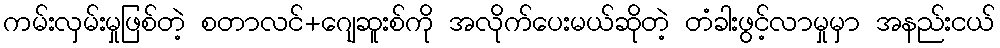
ကမ်းလှမ်းမှုဖြစ်တဲ့ စတာလင်+ဂျေဆူးစ်ကို အလိုက်ပေးမယ်ဆိုတဲ့ တံခါးဖွင့်လာမှုမှာ အနည်းငယ်